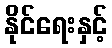
နိုင်ရေးနှင့်